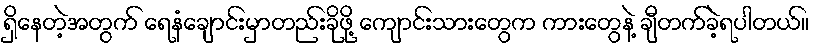
ရှိနေတဲ့အတွက် ရေနံချောင်းမှာတည်းခိုဖို့ ကျောင်းသားတွေက ကားတွေနဲ့ ချီတက်ခဲ့ရပါတယ်။